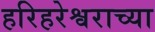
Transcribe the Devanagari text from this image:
हरिहरेश्वराच्या